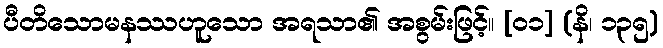
ပီတိသောမနဿဟူသော အရသာ၏ အစွမ်းဖြင့်။ [၀၁] (နိ၊ ၁၃၅)